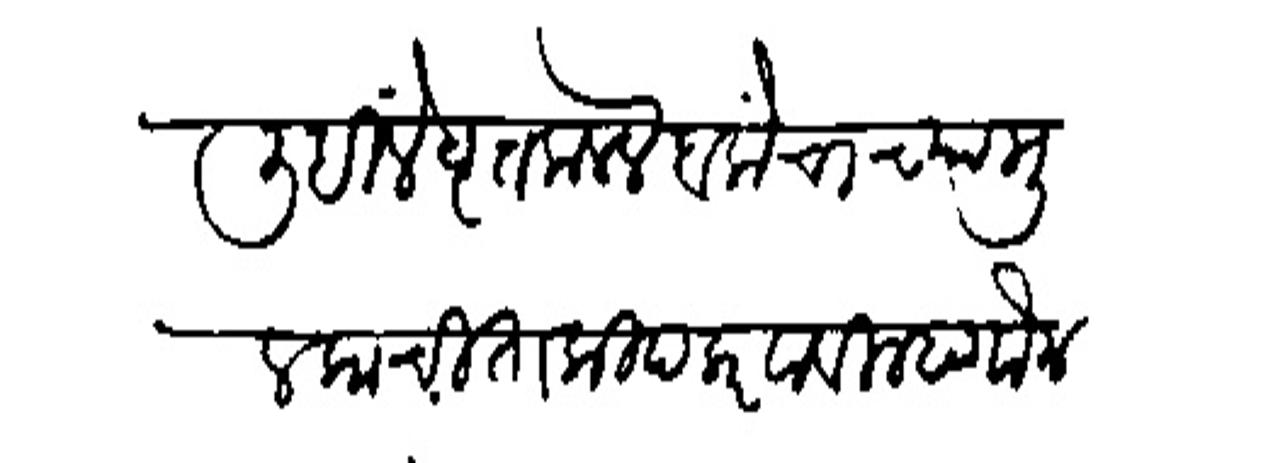
Transliteration (Devanagari): लिहिलें वृत्त कलले बलोंचाच्या मुलकाची ताकीद करवावी म्हणौन